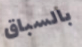
بالسباق